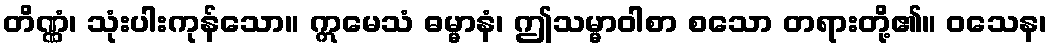
တိဏ္ဏံ၊ သုံးပါးကုန်သော။ ဣမေသံ ဓမ္မာနံ၊ ဤသမ္မာဝါစာ စသော တရားတို့၏။ ဝသေန၊